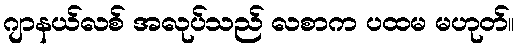
ဂျာနယ်လစ် အလုပ်သည် လစာက ပထမ မဟုတ်။